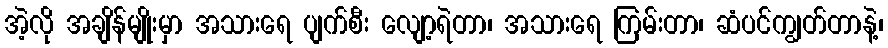
အဲ့လို အချိန်မျိုးမှာ အသားရေ ပျက်စီး လျော့ရဲတာ၊ အသားရေ ကြမ်းတာ၊ ဆံပင်ကျွတ်တာနဲ့၊